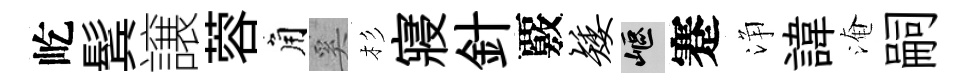
屹鬂譲蓉角奚杉寢針覈矮嶇蹇浄諱淹嗣